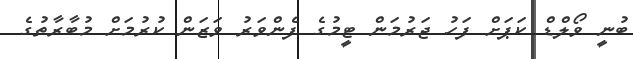
ބުނީ ވޯލްޑް ކަޕަށް ފަހު ޖަރުމަން ޓީމުގެ ފެންވަރު ވަޒަން ކުރުމަށް މުބާރާތުގެ